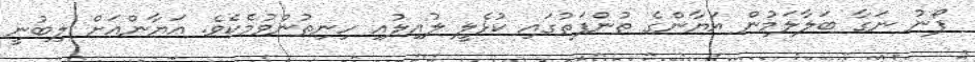
ފޯނު ނަގާ ބަލާލަމުން އަޔާންގެ ތުންފަތުގައި ކުޅެލީ ލުއިލުއި ހިނިތުންވުމެކެވެ. އަޔާންއަށް ލިބުނީ